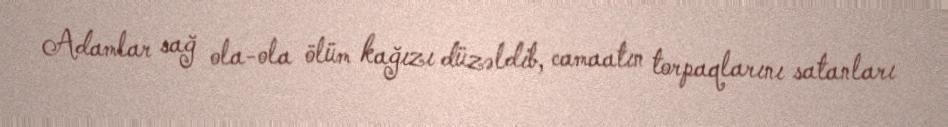
Adamlar sağ ola-ola ölüm kağızı düzəldib, camaatın torpaqlarını satanları